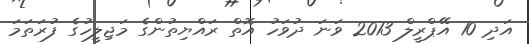
އަދި 10 އޭޕްރީލް 2013 ވަނަ ދުވަހު އޮތް ރައްޔިތުންގެ މަޖިލީހުގެ ފުރަތަމަ